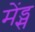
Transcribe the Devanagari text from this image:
मेंड्स